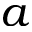
a